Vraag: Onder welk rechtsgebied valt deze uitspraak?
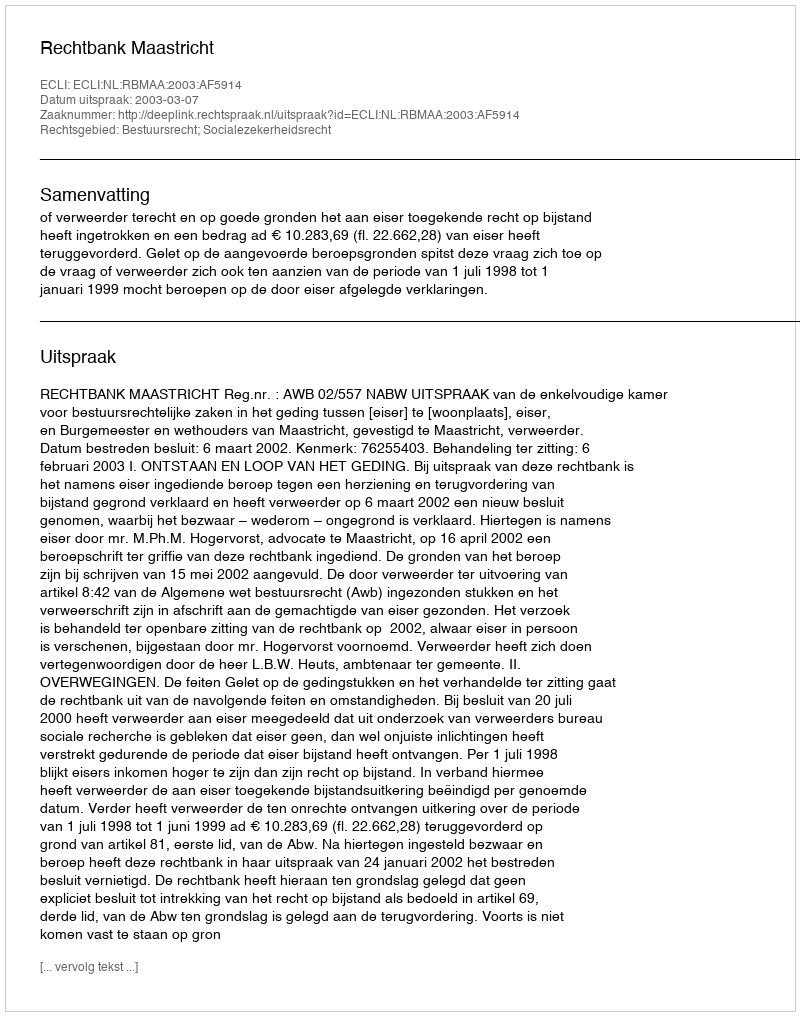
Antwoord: Bestuursrecht; Socialezekerheidsrecht